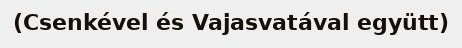
(Csenkével és Vajasvatával együtt)